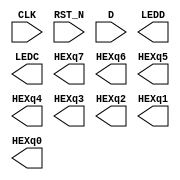
module shift_reg(CLK, RST_N, D, LEDD, LEDC, HEXq7, HEXq6, HEXq5, HEXq4, HEXq3, HEXq2, HEXq1, HEXq0);
	input CLK;// 50MHz
	input RST_N;
	input [3:0] D;
	output [3:0] LEDD;
	output LEDC;
	output [6:0] HEXq7, HEXq6, HEXq5, HEXq4, HEXq3, HEXq2, HEXq1, HEXq0;

	// Please write down your code!



endmodule